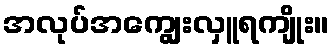
အလုပ်အကျွေးလှူရကျိုး။